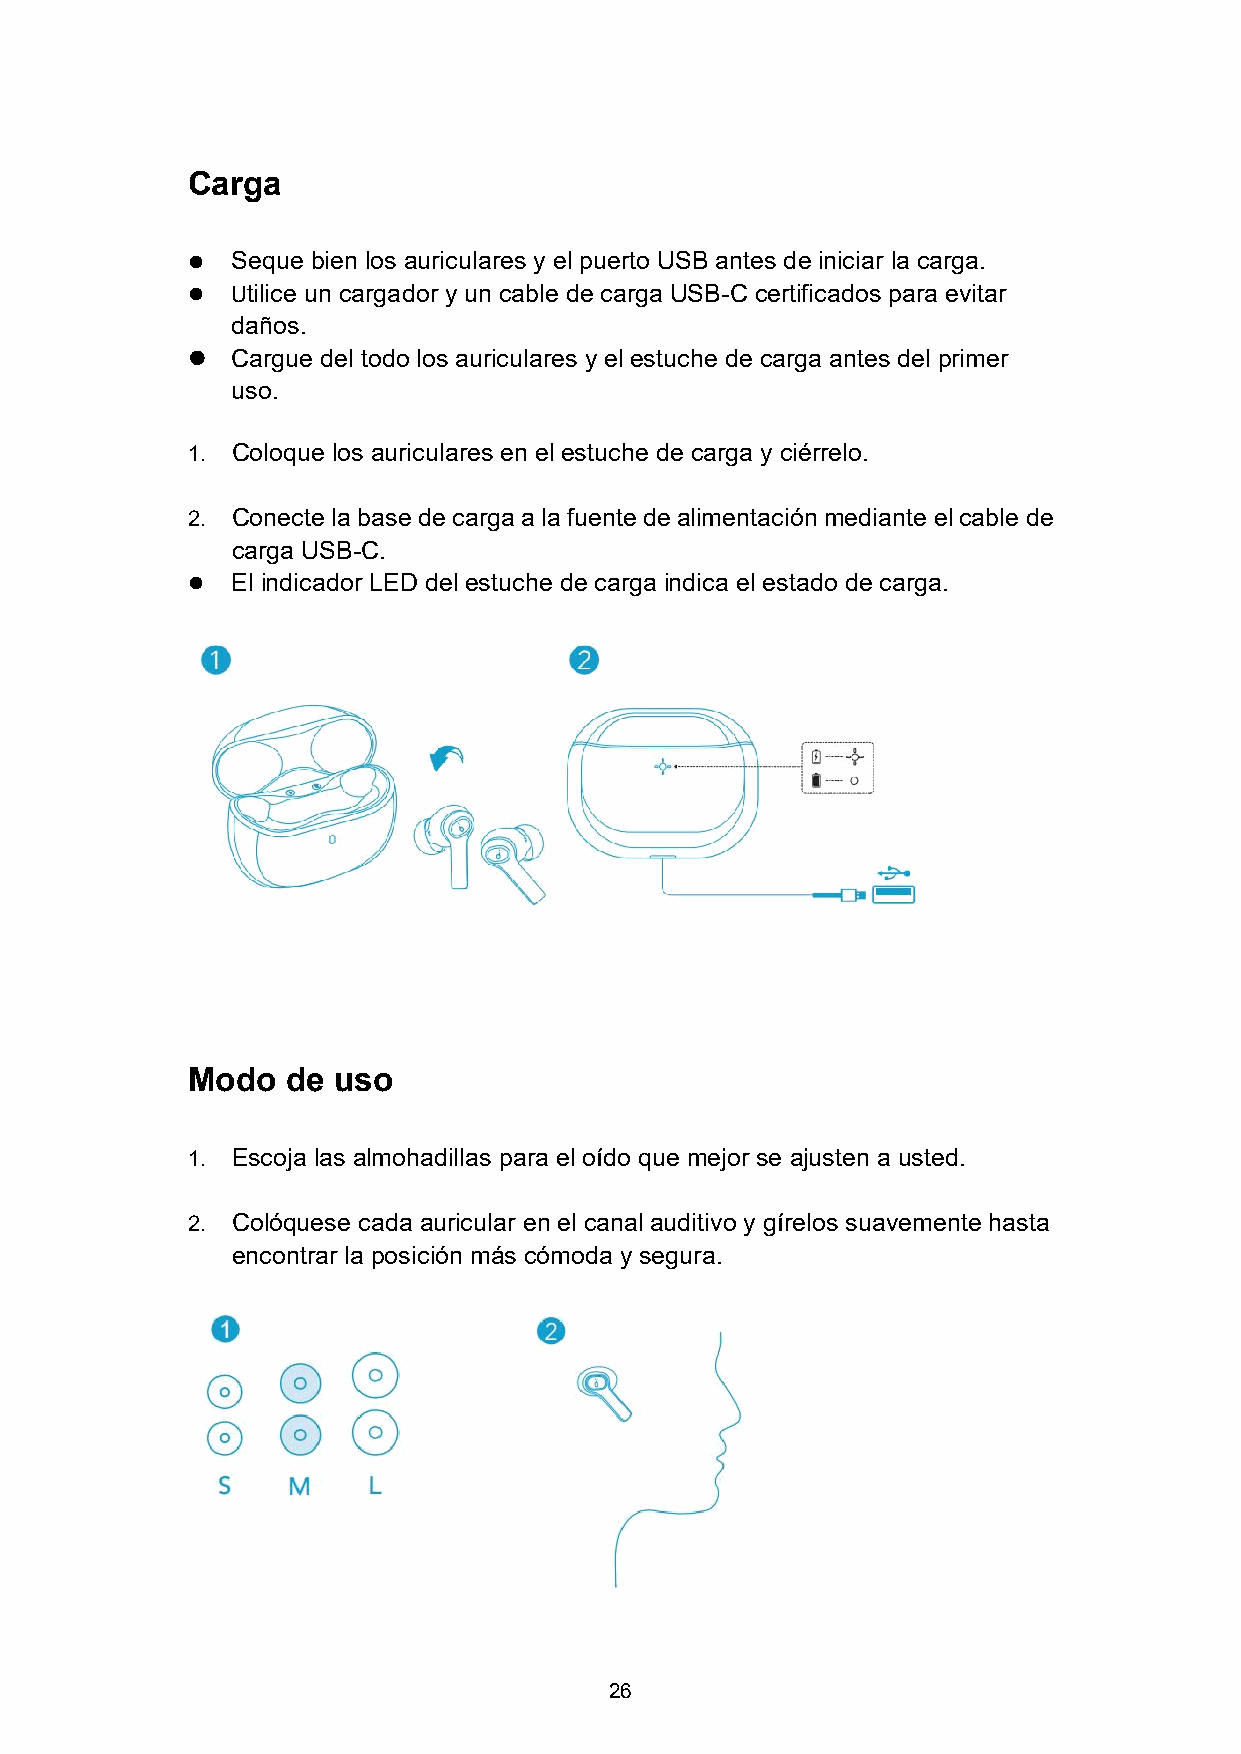
Carga
   Seque bien los auriculares y el puerto USB antes de iniciar la carga.
   Utilice un cargador y un cable de carga USB-C certificados para evitar
 daños.
   Cargue del todo los auriculares y el estuche de carga antes del primer
 uso.
 1. Coloque los auriculares en el estuche de carga y ciérrelo.
 2. Conecte la basede carga a la fuente dealimentación mediante elcable de
 carga USB-C.
   El indicador LED del estuche de carga indica el estado de carga.
 Modo   de uso
 1. Escoja las almohadillas para el oído que mejor se ajusten a usted.
 2. Colóquese cada auricular en el canal auditivo y gírelos suavemente hasta
 encontrar la posición más cómoda y segura.
 26